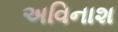
અવિનાશ